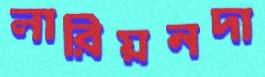
লারিয়নদা